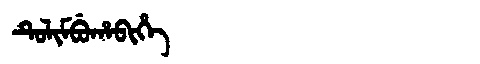
Manchu: ᡨᡠᠯᡳᠮᠪᡠᡥᠠᠪᡳᡥᡝ
Romanization: TULIMBUHABIHE